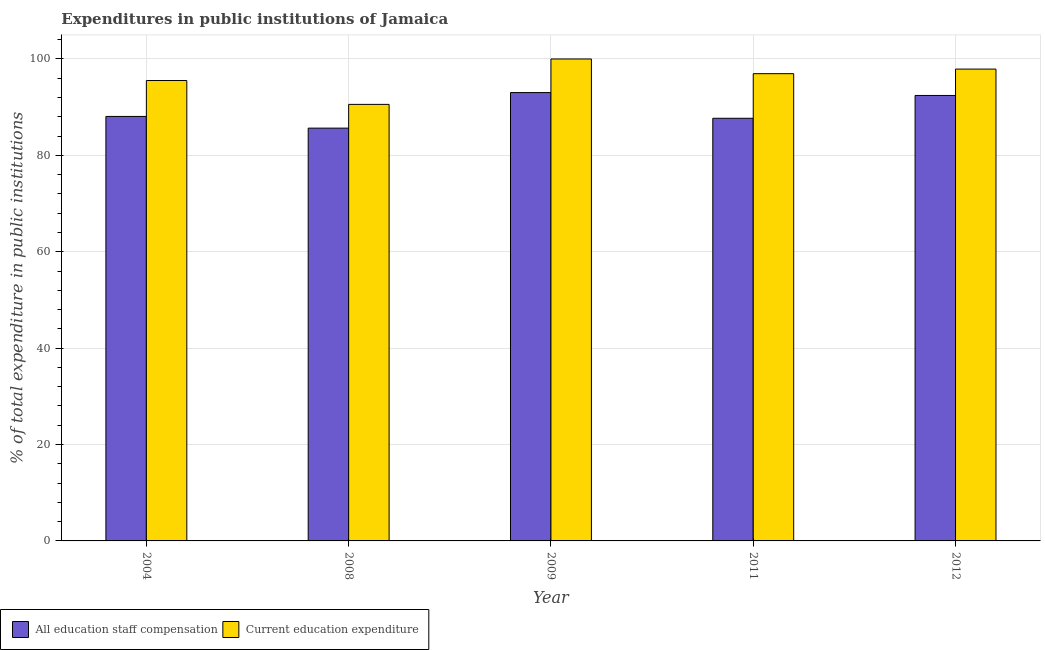
| Year | All education staff compensation | Current education expenditure |
 | --- | --- | --- |
 | 2004 | 88.1 | 95.5 |
 | 2008 | 85.6 | 90.6 |
 | 2009 | 93 | 100 |
 | 2011 | 87.7 | 96.9 |
 | 2012 | 92.4 | 97.9 |